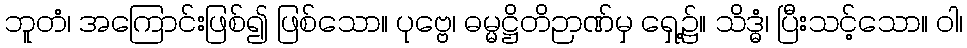
ဘူတံ၊ အကြောင်းဖြစ်၍ ဖြစ်သော။ ပုဗ္ဗေ၊ ဓမ္မဋ္ဌိတိဉာဏ်မှ ရှေ့၌။ သိဒ္ဓံ၊ ပြီးသင့်သော။ ဝါ၊